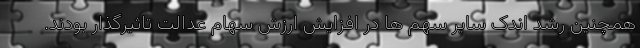
همچنین رشد اندک سایر سهم ها در افزایش ارزش سهام عدالت تاثیرگذار بودند.